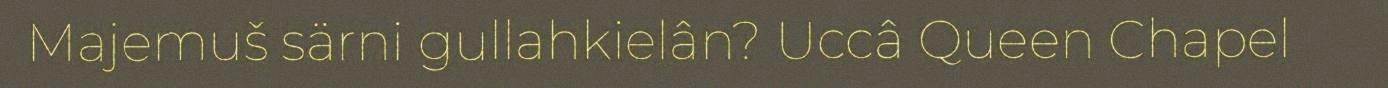
Majemuš särni gullahkielân? Uccâ Queen Chapel